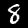
Label: 8